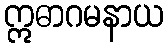
ဣဓာဂမနာယ